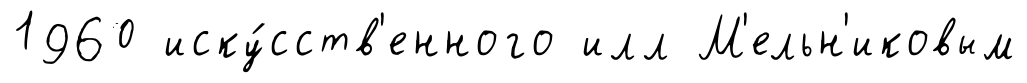
1960 иску́сств'енного илл М'ельн'иковым